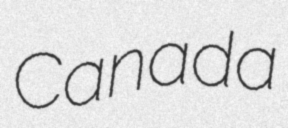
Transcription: Canada